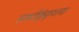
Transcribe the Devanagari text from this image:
हळदीकुंकुवाचा